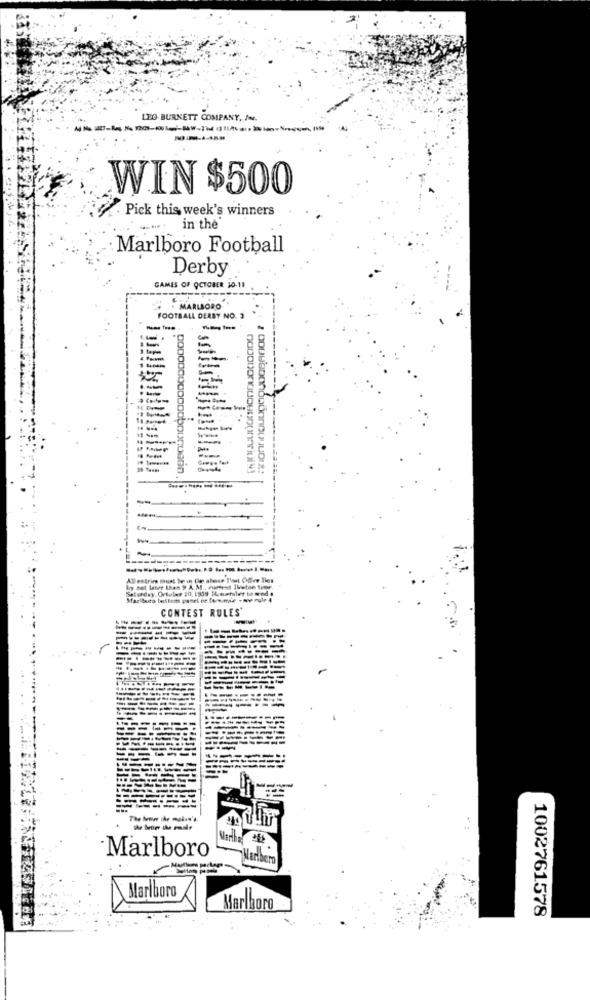
LEO BURNETT COMPANY, Inc.
WIN $500
. Pick this week's winners
in the
Marlboro Football
Derby
GAMES OF OCTOBER 10-11
. MARLBORO
FOOTBALL DERBY NO. 3
---
1-
=
Saturday, Ortoler 10, 1509 14. wetalet to moto
lig hot later than 9 A. M ., Cierret Justan teme.
CONTEST RULES
Marthe 62
Marlboro
Marlboro
Marlboro
Marlboro
1002761578